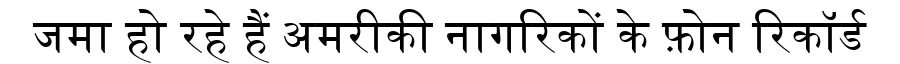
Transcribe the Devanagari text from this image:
जमा हो रहे हैं अमरीकी नागरिकों के फ़ोन रिकॉर्ड